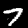
Digit: 7